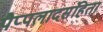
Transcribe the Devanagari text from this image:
पैप्पलादसंहिता